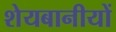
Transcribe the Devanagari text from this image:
शेयबानीयों